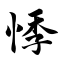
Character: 悸